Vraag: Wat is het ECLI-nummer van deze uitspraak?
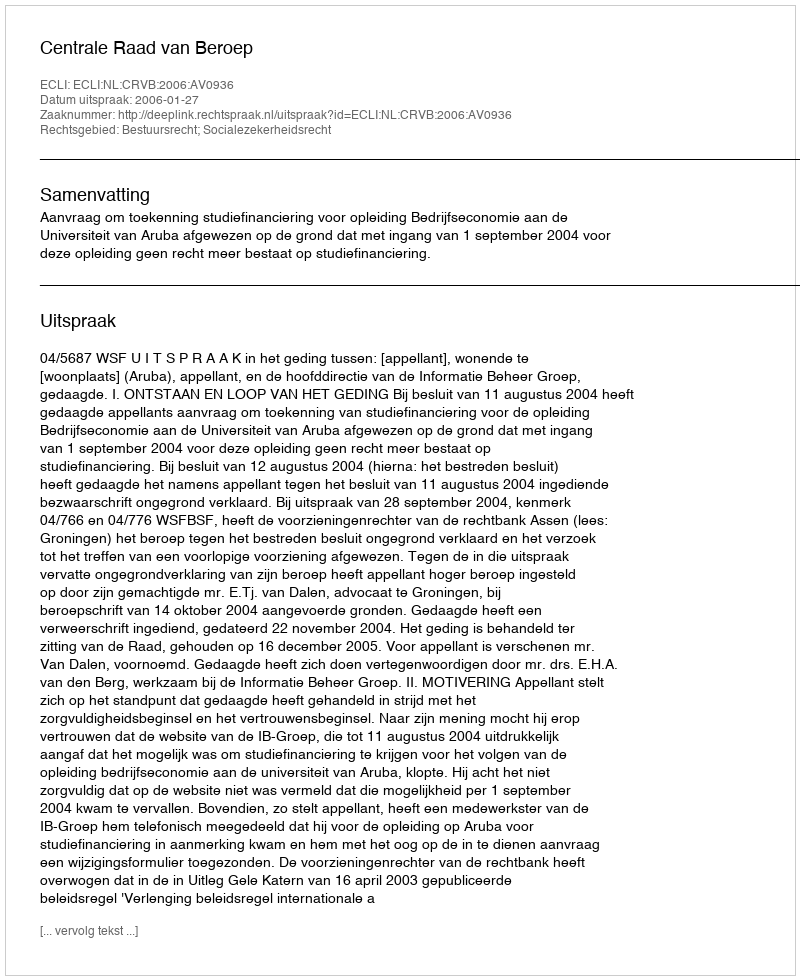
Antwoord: ECLI:NL:CRVB:2006:AV0936